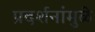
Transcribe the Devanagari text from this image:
प्रदर्शनांमुळे